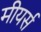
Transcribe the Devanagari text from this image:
मीयर्स